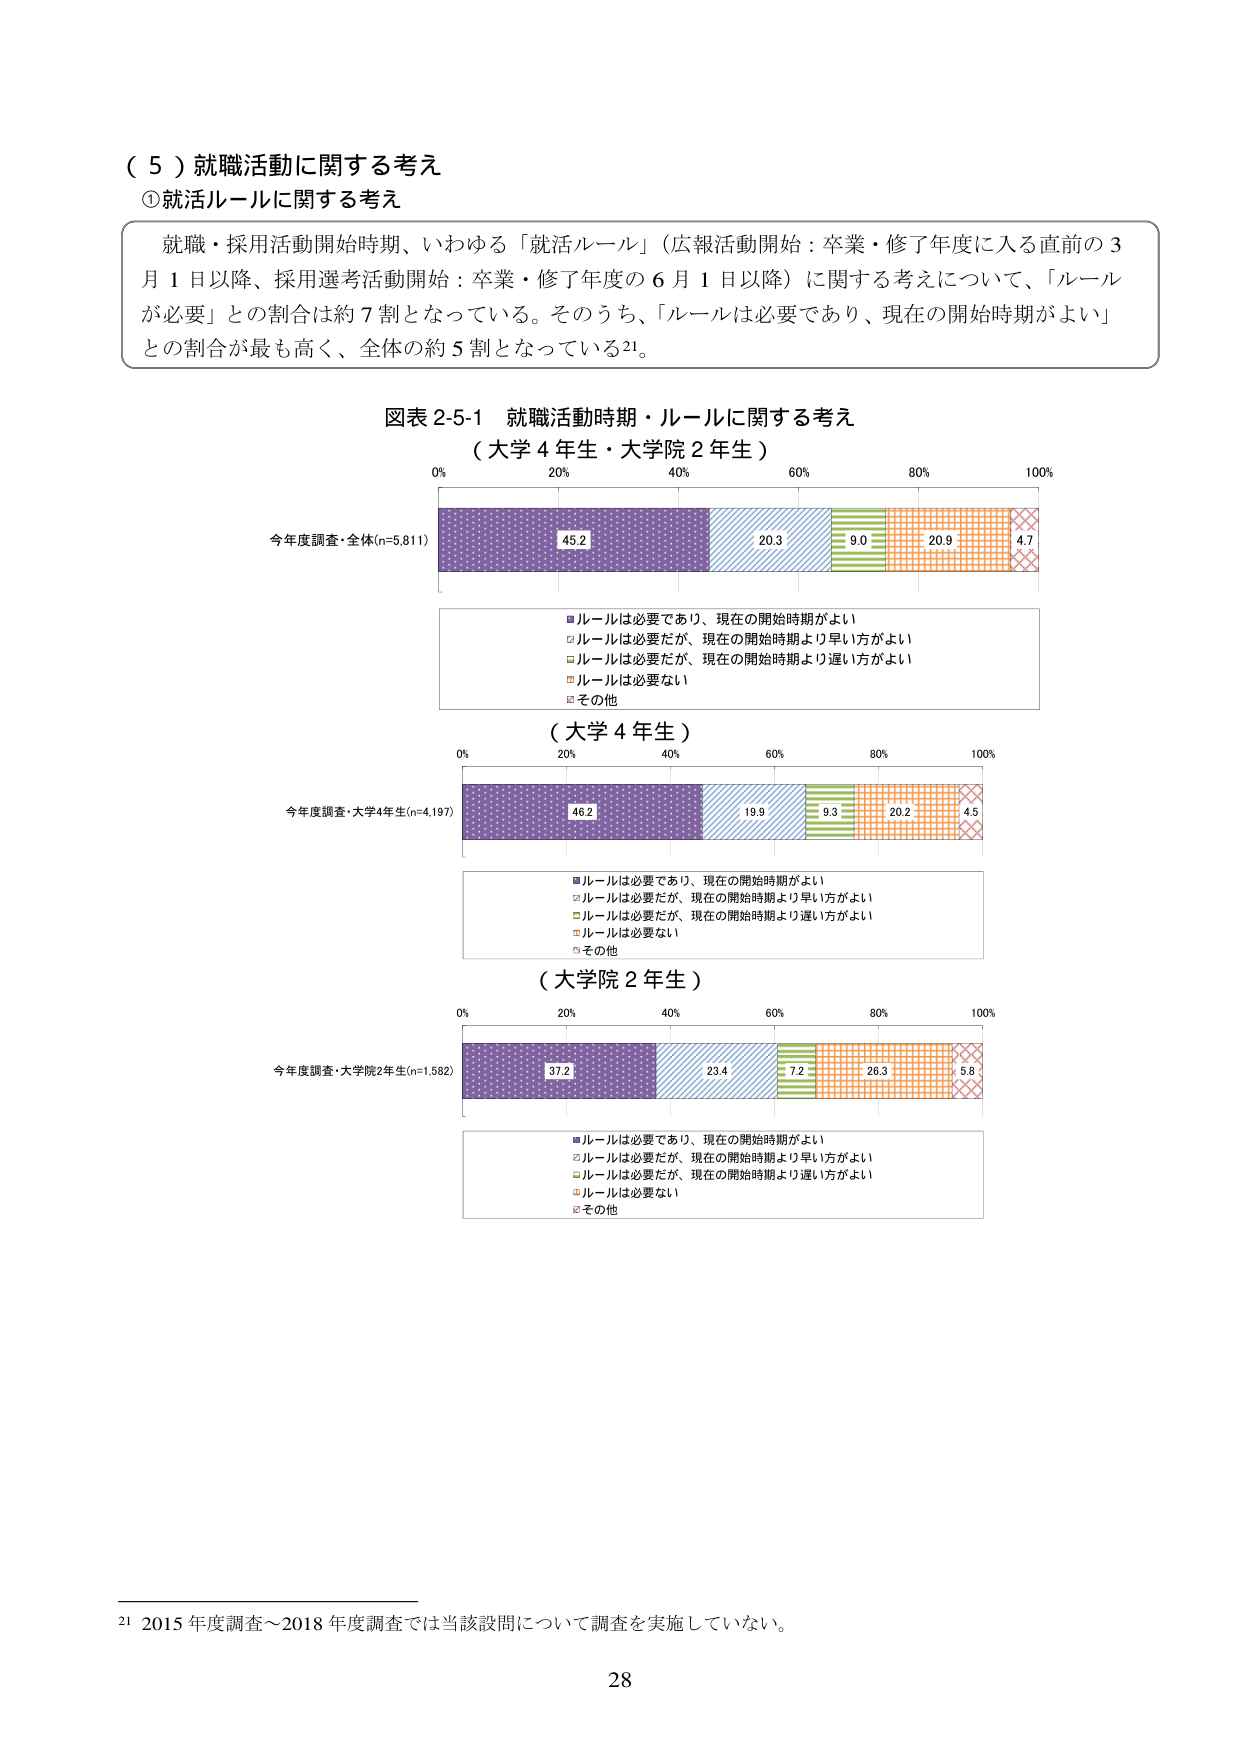
（５）就職活動に関する考え
①就活ルールに関する考え

就職・採用活動開始時期、いわゆる「就活ルール」（広報活動開始：卒業・修了年度に入る直前の３月１日以降、採用選考活動開始：卒業・修了年度の６月１日以降）に関する考えについて、「ルールが必要」との割合は約７割となっている。そのうち、「ルールは必要であり、現在の開始時期がよい」との割合が最も高く、全体の約５割となっている21。

図表2-5-1 就職活動時期・ルールに関する考え
（大学4年生・大学院2年生）

今年度調査・全体(n=5,811)
45.2  20.3  9.0  20.9  4.7

■ルールは必要であり、現在の開始時期がよい
□ルールは必要だが、現在の開始時期より早い方がよい
□ルールは必要だが、現在の開始時期より遅い方がよい
■ルールは必要ない
□その他

（大学4年生）

今年度調査・大学4年生(n=4,197)
46.2  19.9  9.3  20.2  4.5

■ルールは必要であり、現在の開始時期がよい
□ルールは必要だが、現在の開始時期より早い方がよい
□ルールは必要だが、現在の開始時期より遅い方がよい
■ルールは必要ない
□その他

（大学院2年生）

今年度調査・大学院2年生(n=1,582)
37.2  23.4  7.2  26.3  5.8

■ルールは必要であり、現在の開始時期がよい
□ルールは必要だが、現在の開始時期より早い方がよい
□ルールは必要だが、現在の開始時期より遅い方がよい
■ルールは必要ない
□その他

21 2015年度調査～2018年度調査では当該設問について調査を実施していない。

28